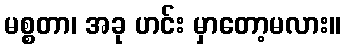
မစ္စတာ၊ အခု ဟင်း မှာတော့မလား။